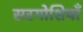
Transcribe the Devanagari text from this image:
सरगोशियाँ